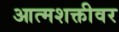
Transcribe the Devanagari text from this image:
आत्मशक्तीवर